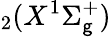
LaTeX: _2(X^{1}\Sigma_{\mathsf{g}}^{+})